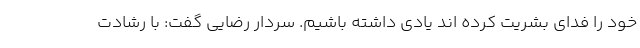
خود را فدای بشریت کرده اند یادی داشته باشیم. سردار رضایی گفت: با رشادت